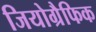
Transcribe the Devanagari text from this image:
जियोग्रैफिक